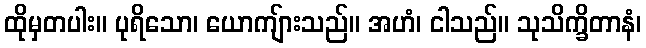
ထိုမှတပါး။ ပုရိသော၊ ယောကျ်ားသည်။ အဟံ၊ ငါသည်။ သုသိက္ခိတာနံ၊